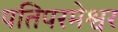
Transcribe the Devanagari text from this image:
पतिपरमेश्वर